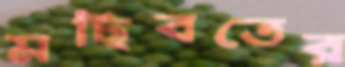
মছিবতের